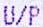
U/P